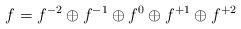
LaTeX: \begin{align*}f = f^{-2} \oplus f ^{-1} \oplus f^{0} \oplus f ^{+1} \oplus f ^{+2}\end{align*}